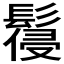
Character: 𩮕